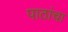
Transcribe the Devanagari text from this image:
पाठांचा